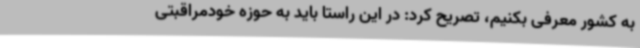
به کشور معرفی بکنیم، تصریح کرد: در این راستا باید به حوزه خودمراقبتی